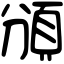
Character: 頒